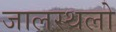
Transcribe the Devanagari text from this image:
जालस्थलो